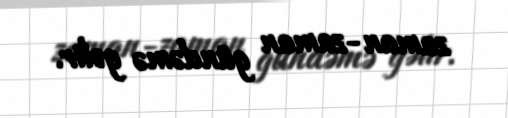
zaman-zaman gündəmə gəlir.